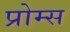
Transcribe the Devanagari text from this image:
प्रोम्स